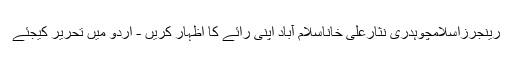
رینجرزاسلامچوہدری نثارعلی خاناسلام آباد اپنی رائے کا اظہار کریں - اُردو میں تحریر کیجئے